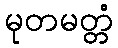
မုတမတ္တံ